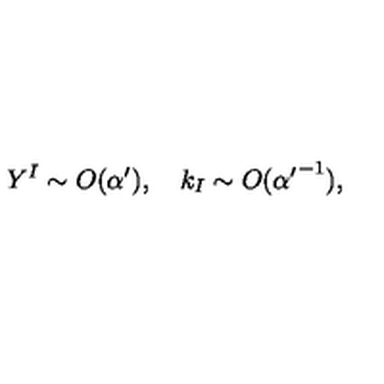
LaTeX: Y ^ { I } \sim O ( \alpha ^ { \prime } ) , \quad k _ { I } \sim O ( { \alpha ^ { \prime } } ^ { - 1 } ) ,